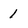
Character: 1